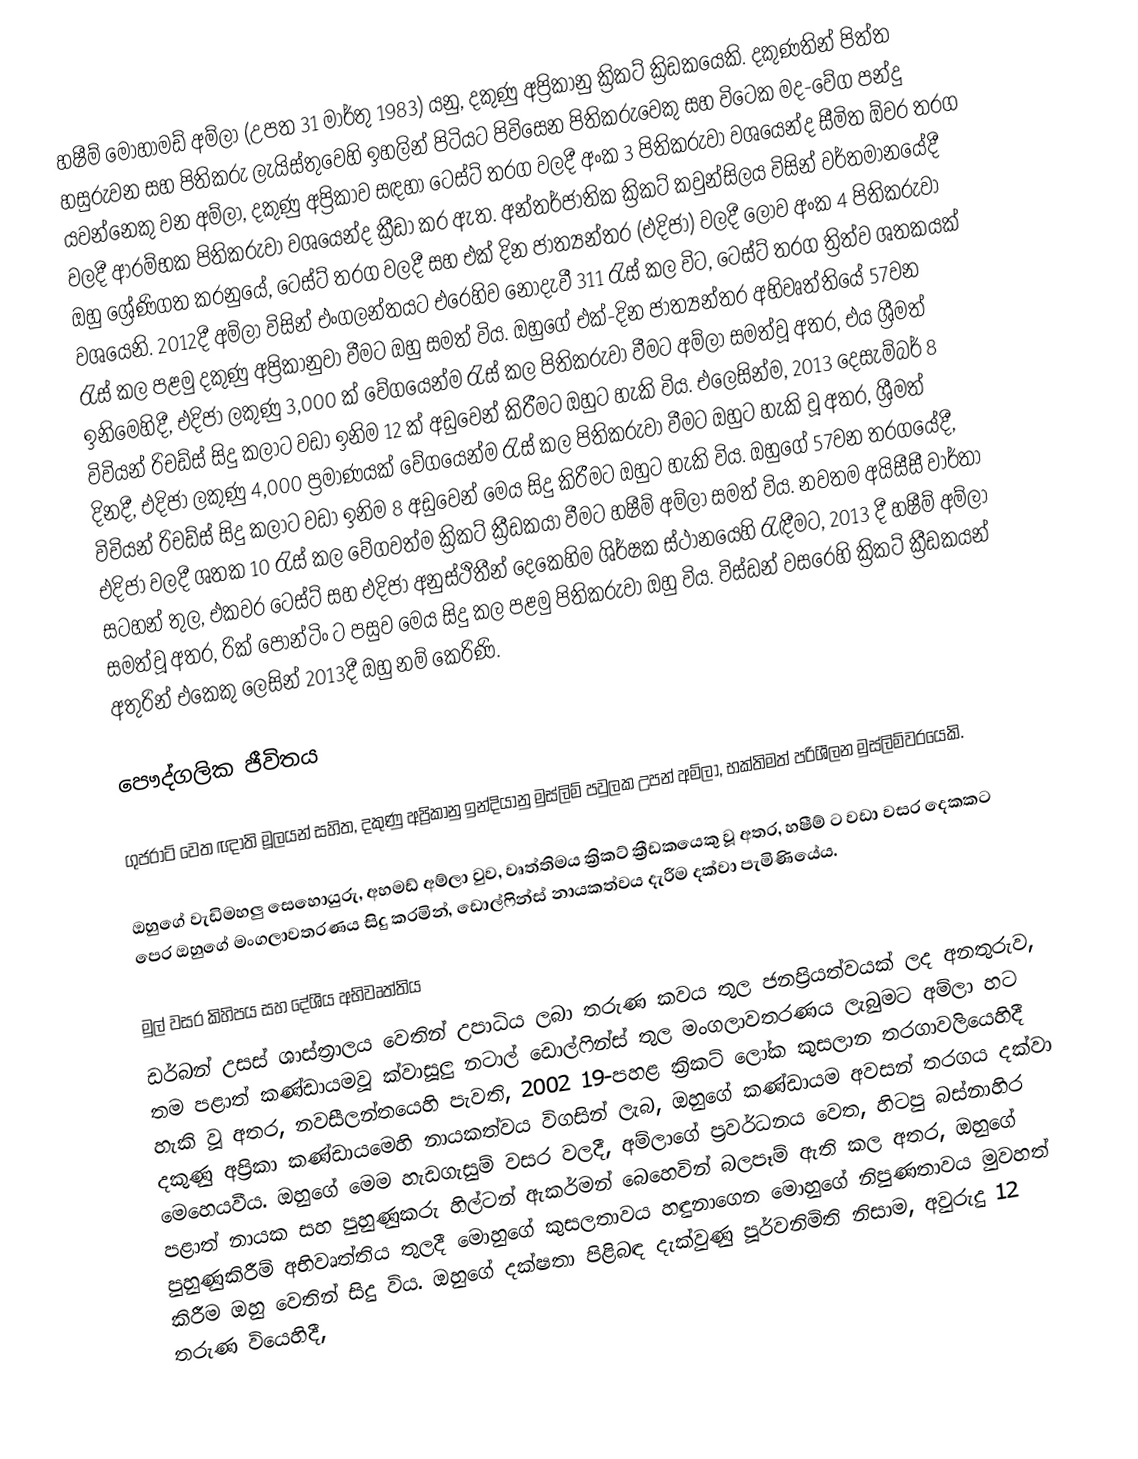
හෂීම් මොහාමඩ් අම්ලා (උපත 31 මාර්තු 1983) යනු,  දකුණු අප්‍රිකානු ක්‍රිකට් ක්‍රිඩකයෙකි.  දකුණතින් පිත්ත හසුරුවන සහ පිතිකරු ලැයිස්තුවෙහි ඉහලින් පිටියට පිවිසෙන පිතිකරුවෙකු සහ  විටෙක මද-වේග පන්දු යවන්නෙකු වන අම්ලා, දකුණු අප්‍රිකාව සඳහා ටෙස්ට් තරග වලදී අංක 3 පිතිකරුවා වශයෙන්ද සීමිත ඕවර තරග වලදී ආරම්භක පිතිකරුවා වශයෙන්ද ක්‍රීඩා කර ඇත. අන්තර්ජාතික ක්‍රිකට් කවුන්සිලය විසින් වර්තමානයේදී ඔහු ශ්‍රේණිගත කරනුයේ, ටෙස්ට් තරග වලදී  සහ  එක් දින ජාත්‍යන්තර (එදිජා) වලදී ලොව  අංක 4 පිතිකරුවා වශයෙනි.  2012දී අම්ලා විසින් එංගලන්තයට එරෙහිව නොදැවී 311 රැස් කල විට, ටෙස්ට් තරග ත්‍රිත්ව ශතකයක් රැස් කල පළමු දකුණු අප්‍රිකානුවා වීමට ඔහු සමත් විය. ඔහුගේ එක්-දින ජාත්‍යන්තර අභිවෘත්තියේ 57වන ඉනිමෙහිදී, එදිජා ලකුණු  3,000 ක් වේගයෙන්ම රැස් කල පිතිකරුවා වීමට අම්ලා සමත්වූ අතර, එය ශ්‍රීමත් විවියන් රිචඩ්ස් සිදු කලාට වඩා ඉනිම 12 ක් අඩුවෙන් කිරීමට ඔහුට හැකි විය. එලෙසින්ම,  2013 දෙසැම්බර් 8 දිනදී, එදිජා ලකුණු 4,000 ප්‍රමාණයක් වේගයෙන්ම රැස් කල පිතිකරුවා වීමට ඔහුට හැකි වූ අතර, ශ්‍රීමත් විවියන් රිචඩ්ස් සිදු කලාට වඩා ඉනිම 8 අඩුවෙන් මෙය සිදු කිරීමට ඔහුට හැකි විය. ඔහුගේ 57වන තරගයේදී, එදිජා වලදී ශතක 10 රැස් කල වේගවත්ම ක්‍රිකට් ක්‍රීඩකයා වීමට හෂීම් අම්ලා සමත් විය. නවතම අයිසීසී වාර්තා සටහන් තුල, එකවර ටෙස්ට් සහ එදිජා අනුස්ථිතීන් දෙකෙහිම ශිර්ෂක ස්ථානයෙහි රැඳීමට, 2013 දී හෂීම් අම්ලා සමත්වූ අතර, රික් පොන්ටිං ට පසුව මෙය සිදු කල පළමු පිතිකරුවා ඔහු විය. විස්ඩන් වසරෙහි ක්‍රිකට් ක්‍රීඩකයන් අතුරින් එකෙකු ලෙසින්  2013දී ඔහු නම් කෙරිණි.

පෞද්ගලික ජීවිතය

ගුජරාට් වෙත ඥාති මූලයන් සහිත, දකුණු අප්‍රිකානු ඉන්දියානු මුස්ලිම් පවුලක උපන් අම්ලා, භක්තිමත් පරිශීලන මුස්ලිම්වරයෙකි.

ඔහුගේ වැඩිමහලු සෙහොයුරු, අහමඩ් අම්ලා වුව, වෘත්තිමය ක්‍රිකට් ක්‍රීඩකයෙකු වූ අතර, හෂීම් ට වඩා වසර දෙකකට පෙර ඔහුගේ මංගලාවතරණය සිදු කරමින්, ඩොල්ෆින්ස් නායකත්වය දැරීම දක්වා පැමිණියේය.

මුල් වසර කිහිපය සහ දේශීය අභිවෘත්තිය
ඩර්බන් උසස් ශාස්ත්‍රාලය වෙතින් උපාධිය ලබා තරුණ කවය තුල ජනප්‍රියත්වයක් ලද අනතුරුව, තම පළාත් කණ්ඩායමවූ ක්වාසූලු නටාල් ඩොල්ෆින්ස් තුල මංගලාවතරණය ලැබුමට අම්ලා හට හැකි වූ අතර, නවසීලන්තයෙහි පැවති, 2002 19-පහළ ක්‍රිකට් ලෝක කුසලාන තරගාවලියෙහිදී  දකුණු අප්‍රිකා කණ්ඩායමෙහි නායකත්වය විගසින් ලැබ, ඔහුගේ කණ්ඩායම අවසන් තරගය දක්වා මෙහෙයවීය. ඔහුගේ මෙම හැඩගැසුම් වසර වලදී, අම්ලාගේ ප්‍රවර්ධනය වෙත, හිටපු බස්නාහිර පළාත් නායක සහ පුහුණුකරු හිල්ටන් ඇකර්මන් බෙහෙවින් බලපෑම් ඇති කල අතර, ඔහුගේ පුහුණුකිරීම් අභිවෘත්තිය තුලදී මොහුගේ කුසලතාවය හඳුනාගෙන මොහුගේ නිපුණතාවය මුවහත් කිරීම ඔහු වෙතින් සිදු විය.  ඔහුගේ දක්ෂතා පිළිබඳ දැක්වුණු පූර්වනිමිති නිසාම, අවුරුදු 12 තරුණ වියෙහිදී,